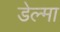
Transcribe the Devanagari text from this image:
डेल्मा